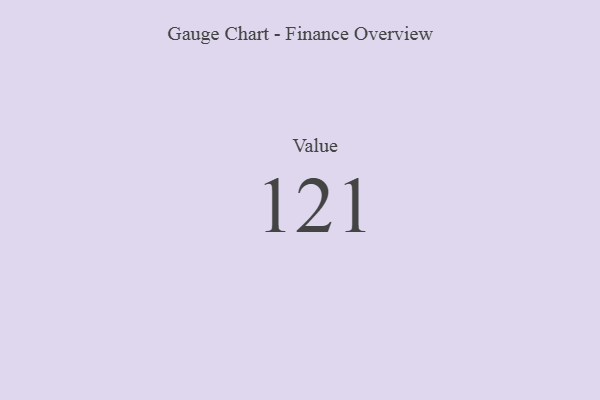
{"axis": {"x": "Metric", "y": "Value"}, "legend": [""], "data": [{"x": "Value", "y": 121, "type": ""}]}